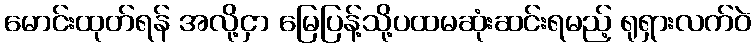
မောင်းထုတ်ရန် အလို့ငှာ မြေပြန့်သို့ပထမဆုံးဆင်းရမည့် ရုရှားလက်ဝဲ